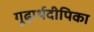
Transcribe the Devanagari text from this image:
गूढ़ार्थदीपिका